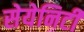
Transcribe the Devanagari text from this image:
सेयेनिटी